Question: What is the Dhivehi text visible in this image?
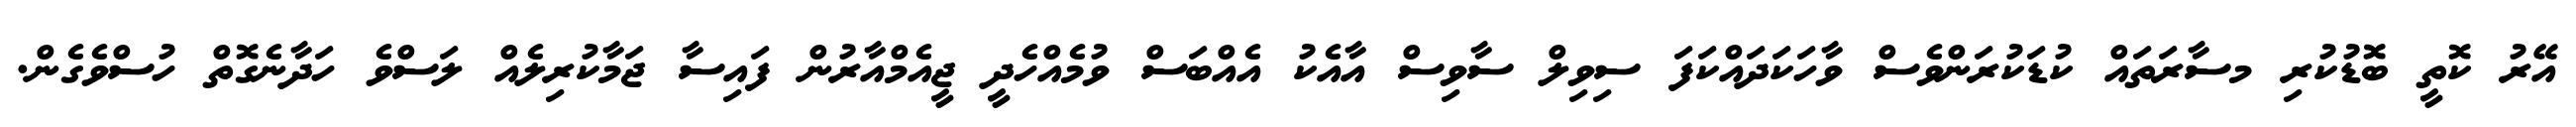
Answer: އޭރު ކޮތީ ބޮޑުކުރި މސާރަތައް ކުޑަކުރަންވެސް ވާހަކަދައްކަފަ ސިވިލް ސާވިސް އާއެކު އެއްބަސް ވުމެއްހެދީ ޖީއެމްއާރުން ފައިސާ ޖަމާކުރިލެއް ލަސްވެ ހަދާނެގޮތް ހުސްވެގެން.